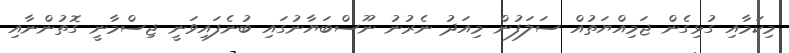
މިކަމާއި ގުޅިގެން ޖަމިއްޔަތުއް ސަލަފުން މިއަދު ނެރުނު ނޫސްބަޔާނުގައި ބުނެފައިވަނީ ޖިސްމާނީ ގޮތުންނާއި